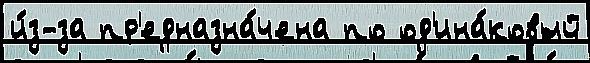
и́з-за пр'едназна́чена по од'ина́ковый